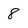
Character: 8